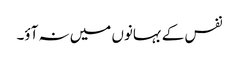
نفس کے بہانوں میں نہ آؤ۔